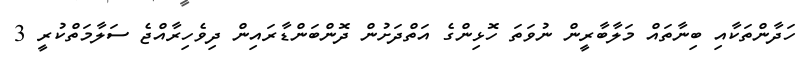
ހަދާންތަކާއި ބިނާތައް މަލާބާރީން ނުވަތަ ހޮޅިންގެ އަތްދަށުން ދޮންބަންޑާރައިން ދިވެހިރާއްޖެ ސަލާމަތްކުރީ 3